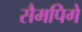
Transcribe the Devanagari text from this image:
सैमपिगे